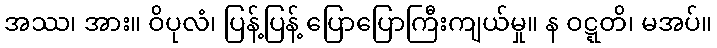
အဿ၊ အား။ ဝိပုလံ၊ ပြန့်ပြန့် ပြောပြောကြီးကျယ်မှု။ န ဝဋ္ဋတိ၊ မအပ်။